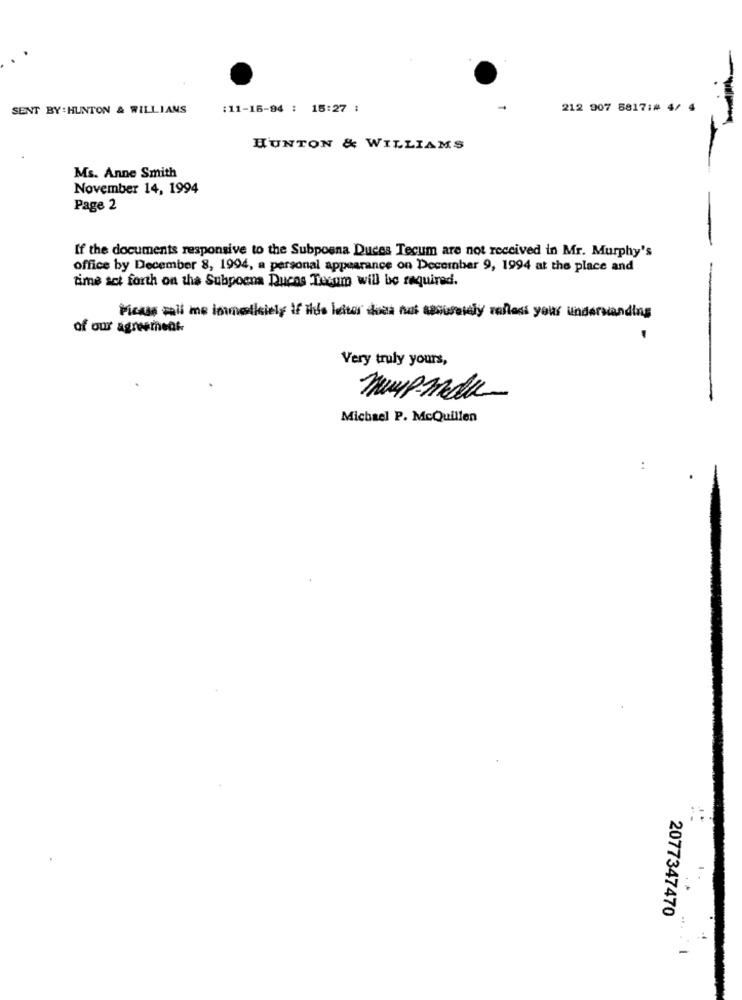
SENT BY : HUNTON & WILLIAMS
:11-16-84 : 15:27 :
212 907 5817:# 4/
HUNTON & WILLIAMS
Ms. Anne Smith
November 14, 1994
Page 2
If the documents responsive to the Subpoena Duces Tecum are not received in Mr. Murphy's
office by December 8, 1994, a personal appearance on December 9, 1994 at the place and
time act forth on the Subpoena Ducas Tecum will be required.
Ficus call me immolkiely if this letter does hus usuntely refleds your understanding
of our agreement
-
Very truly yours,
muypmdu
Michael P. McQuillen
2077347470
-